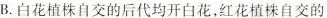
B.白花植株自交的后代均开白花，红花植株自交的